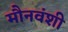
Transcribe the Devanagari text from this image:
मौनवंशी